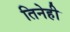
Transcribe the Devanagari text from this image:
तिनेही